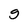
Character: g